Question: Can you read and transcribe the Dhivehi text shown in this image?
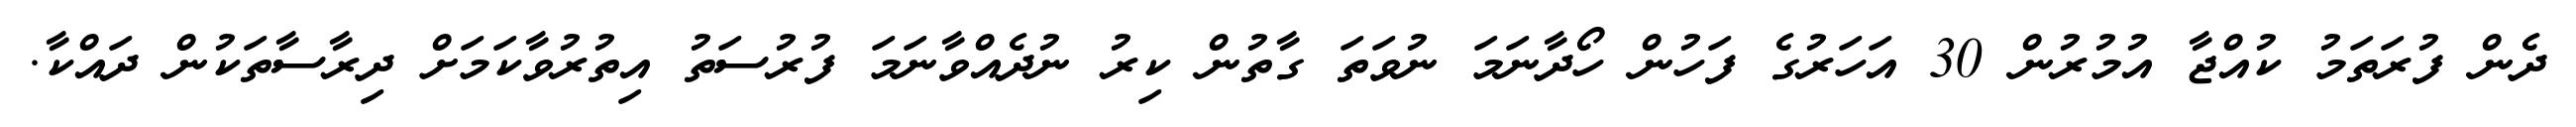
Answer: ދެން ފުރަތަމު ކުއްޖާ އުމުރުން 30 އަހަރުގެ ފަހުން ހޯދާނަމަ ނުވަތަ ގާތުން ކިރު ނުދެއްވާނަމަ ފުރުސަތު އިތުރުވާކަމަށް ދިރާސާތަކުން ދައްކާ.